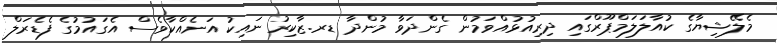
މެލޭޝިޔާގެ ކުއާލަލަމްޕޫރްގައި ދިރިއުޅުއްވަމުން ގެންދަވާ މުންދާ ޑރ.ޒާކިރު ނައިކު އަނެއްކާވެސް އެގައުމުގެ ފެޑެރަލް